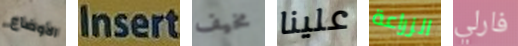
الأوضاع Insert مخيف علينا الزراعة فارلي